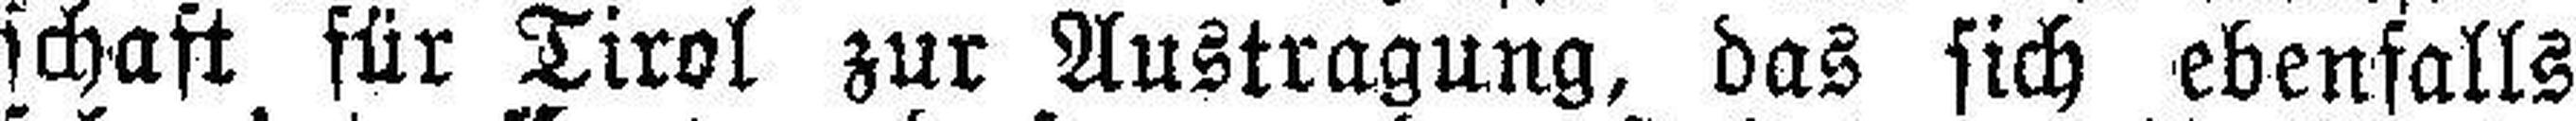
schaft für Tirol zur Austragung, das sich ebenfalls